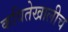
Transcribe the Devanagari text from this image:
कवितेखालीच